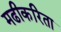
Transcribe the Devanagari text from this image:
मढीकरिता